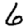
Digit: 6